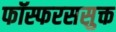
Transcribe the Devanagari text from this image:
फॉस्फरससुक्त